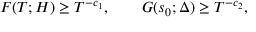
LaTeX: F ( T ; H ) \geq T ^ { - c _ { 1 } } , \qquad G ( s _ { 0 } ; \Delta ) \geq T ^ { - c _ { 2 } } ,